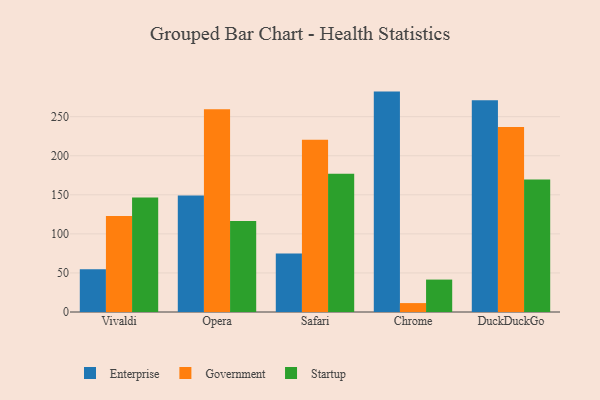
{"axis": {"x": "Browser", "y": "Latency (ms)"}, "legend": ["Enterprise", "Government", "Startup"], "data": [{"x": "Vivaldi", "y": 54.6, "type": "Enterprise"}, {"x": "Vivaldi", "y": 123.0, "type": "Government"}, {"x": "Vivaldi", "y": 146.6, "type": "Startup"}, {"x": "Opera", "y": 149.2, "type": "Enterprise"}, {"x": "Opera", "y": 259.4, "type": "Government"}, {"x": "Opera", "y": 116.4, "type": "Startup"}, {"x": "Safari", "y": 74.9, "type": "Enterprise"}, {"x": "Safari", "y": 220.4, "type": "Government"}, {"x": "Safari", "y": 177.1, "type": "Startup"}, {"x": "Chrome", "y": 282.1, "type": "Enterprise"}, {"x": "Chrome", "y": 11.4, "type": "Government"}, {"x": "Chrome", "y": 41.5, "type": "Startup"}, {"x": "DuckDuckGo", "y": 270.9, "type": "Enterprise"}, {"x": "DuckDuckGo", "y": 236.7, "type": "Government"}, {"x": "DuckDuckGo", "y": 169.7, "type": "Startup"}]}